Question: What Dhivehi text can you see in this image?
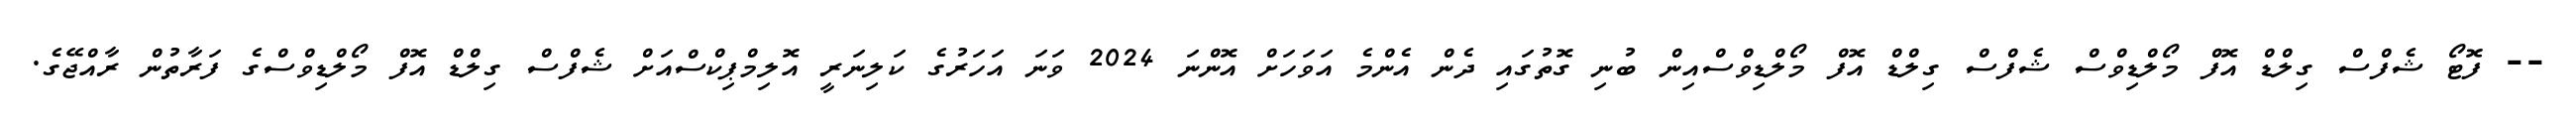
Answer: -- ފޮޓޯ ޝެފްސް ގިލްޑް އޮފް މޯލްޑިވްސް ޝެފްސް ގިލްޑް އޮފް މޯލްޑިވްސްއިން ބުނި ގޮތުގައި ދެން އެންމެ އަވަހަށް އޮންނަ 2024 ވަނަ އަހަރުގެ ކަލިނަރީ އޮލިމްޕިކްސްއަށް ޝެފްސް ގިލްޑް އޮފް މޯލްޑިވްސްގެ ފަރާތުން ރާއްޖޭގެ.